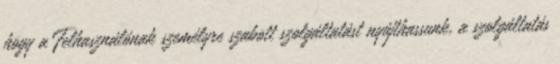
hogy a Felhasználónak személyre szabott szolgáltatást nyújthassunk, a szolgáltatás